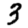
Digit: 3